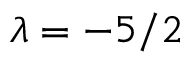
\lambda = - 5 / 2